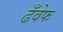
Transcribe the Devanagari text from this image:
ढँवेफ